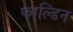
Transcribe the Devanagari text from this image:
फाल्डिन